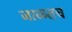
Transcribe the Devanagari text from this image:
जाळतच